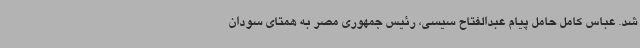
شد. عباس کامل حامل پیام عبدالفتاح سیسی، رئیس جمهوری مصر به همتای سودان